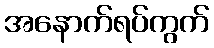
အနောက်ရပ်ကွက်